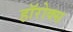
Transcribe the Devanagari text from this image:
हॉरोक्स